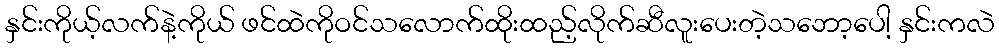
နှင်းကိုယ့်လက်နဲ့ကိုယ် ဖင်ထဲကိုဝင်သလောက်ထိုးထည့်လိုက်ဆီလူးပေးတဲ့သဘော့ပေါ့ နှင်းကလဲ